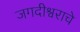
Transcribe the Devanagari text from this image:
जगदीश्वराचे